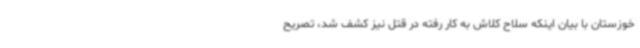
خوزستان با بیان اینکه سلاح کلاش به کار رفته در قتل نیز کشف شد، تصریح